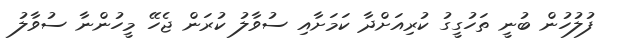
ފުލުހުން ބުނީ ތަހުގީގު ކުރިއަށްދާ ކަމަށާއި ސުވާލު ކުރަން ޖެހޭ މީހުންނާ ސުވާލު